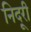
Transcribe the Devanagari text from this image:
निदूरी